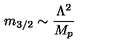
m _ { 3 / 2 } \sim \frac { \Lambda ^ { 2 } } { M _ { p } }